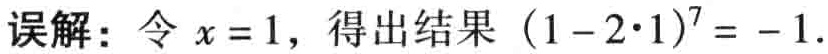
误解：令 \(x = 1\)，得出结果 \((1 - 2\cdot1)^{7} = -1\).